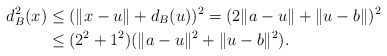
\begin{align*}d_{B}^2(x)&\leq(\|x-u\|+d_{B}(u))^2=(2\|a-u\|+\|u-b\|)^2\\&\leq (2^2+1^2)(\|a-u\|^2+\|u-b\|^2).\end{align*}